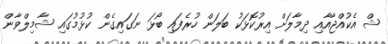
ޝް އެކުއްޖާއާއި ދިމާލަށް އިރުކޮޅަކު ބަލަން ހުރެފައި ބޯޅަ ނަގައިގެން ކުޅުމުގައި ޝާމިލްވާން